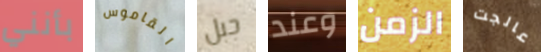
بأنني القاموس جبل وعند الزمن عالجت